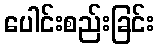
ပေါင်းစည်းခြင်း